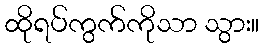
ထိုရပ်ကွက်ကိုသာ သွား။